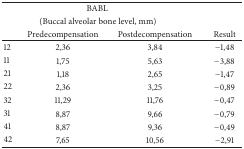
<table><thead><tr><td colspan="4"><b>BABL </b></td></tr><tr><td colspan="4"><b>(Buccal alveolar bone level, mm)</b></td></tr><tr><td><b> </b></td><td><b>Predecompensation</b></td><td><b>Postdecompensation</b></td><td><b>Result</b></td></tr></thead><tbody><tr><td>12</td><td>2,36</td><td>3,84</td><td>−1,48</td></tr><tr><td>11</td><td>1,75</td><td>5,63</td><td>−3,88</td></tr><tr><td>21</td><td>1,18</td><td>2,65</td><td>−1,47</td></tr><tr><td>22</td><td>2,36</td><td>3,25</td><td>−0,89</td></tr><tr><td>32</td><td>11,29</td><td>11,76</td><td>−0,47</td></tr><tr><td>31</td><td>8,87</td><td>9,66</td><td>−0,79</td></tr><tr><td>41</td><td>8,87</td><td>9,36</td><td>−0,49</td></tr><tr><td>42</td><td>7,65</td><td>10,56</td><td>−2,91</td></tr></tbody></table>